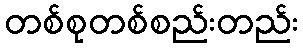
တစ်စုတစ်စည်းတည်း